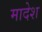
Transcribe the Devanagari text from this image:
मादेश